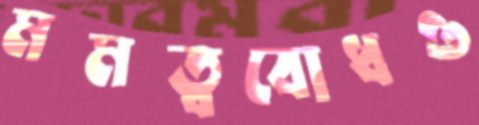
মমত্ববোধও